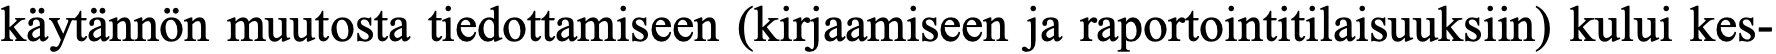
käytännön muutosta tiedottamiseen (kirjaamiseen ja raportointitilaisuuksiin) kului kes-